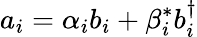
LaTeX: a_{i}=\alpha_{i}b_{i}+\beta_{i}^{*}b_{i}^{\dagger}